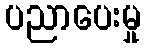
ပညာပေးမှု